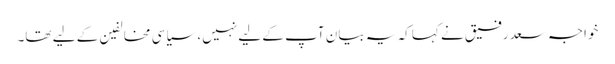
خواجہ سعد رفیق نے کہا کہ یہ بیان آپ کے لیے نہیں، سیاسی مخالفین کے لیے تھا۔